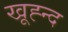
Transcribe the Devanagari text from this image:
खूह्न्द